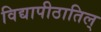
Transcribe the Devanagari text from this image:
विद्यापीठातिल्